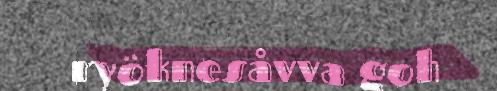
ryöknesåvva goh